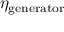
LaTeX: \eta _ { \mathrm { g e n e r a t o r } }